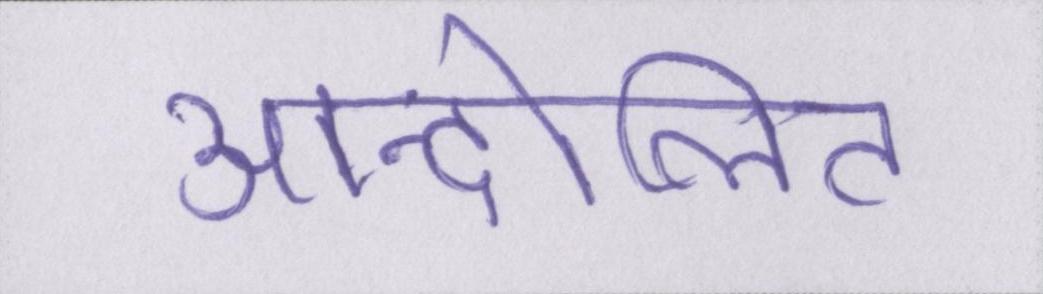
आन्दोलित